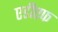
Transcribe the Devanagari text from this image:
एडीएफ